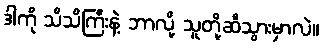
ဒါကို သိသိကြီးနဲ့ ဘာလို့ သူတို့ဆီသွားမှာလဲ။